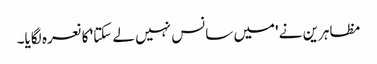
مظاہرین نے 'میں سانس نہیں لے سکتا' کا نعرہ لگایا۔